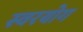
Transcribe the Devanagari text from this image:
स्वरयोग